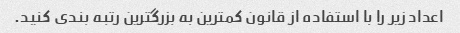
اعداد زیر را با استفاده از قانون کمترین به بزرگترین رتبه بندی کنید.